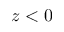
z < 0